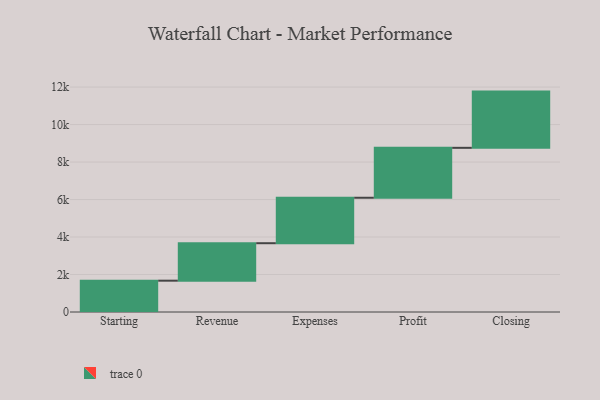
{"axis": {"x": "Step", "y": "Value"}, "legend": [""], "data": [{"x": "Starting", "y": 1671.0, "type": ""}, {"x": "Revenue", "y": 1999.0, "type": ""}, {"x": "Expenses", "y": 2425.0, "type": ""}, {"x": "Profit", "y": 2663.0, "type": ""}, {"x": "Closing", "y": 3000, "type": ""}]}